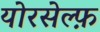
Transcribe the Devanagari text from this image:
योरसेल्फ़